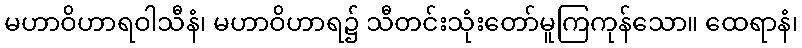
မဟာဝိဟာရဝါသီနံ၊ မဟာဝိဟာရ၌ သီတင်းသုံးတော်မူကြကုန်သော။ ထေရာနံ၊